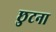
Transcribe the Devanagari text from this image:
छुटना